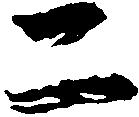
二